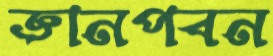
জ্ঞানপবন